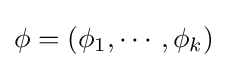
\mathbf {\phi } =(\phi _{1},\cdots ,\phi _{k})